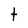
Character: t